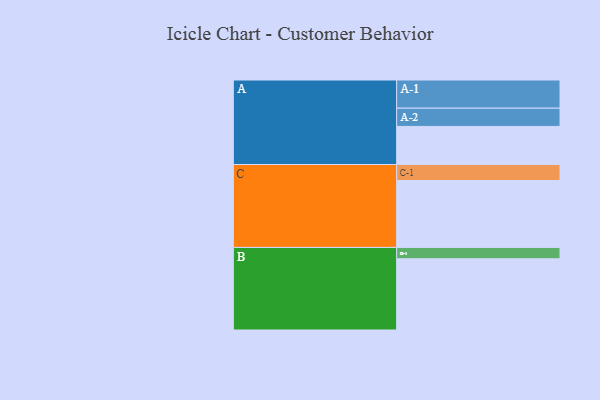
{"axis": {"x": "Segment", "y": "Value"}, "legend": ["", "A", "B", "C"], "data": [{"x": "A", "y": 319, "type": ""}, {"x": "B", "y": 597, "type": ""}, {"x": "C", "y": 560, "type": ""}, {"x": "A-1", "y": 236, "type": "A"}, {"x": "A-2", "y": 153, "type": "A"}, {"x": "B-1", "y": 95, "type": "B"}, {"x": "C-1", "y": 135, "type": "C"}]}